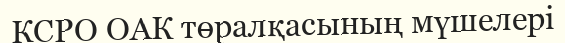
КСРО ОАК төралқасының мүшелері